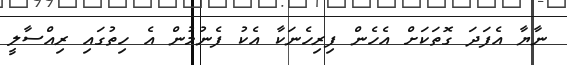
ނާޔާ އެފަދަ ގޮތަކަށް އެހެން ފިރިހެނަކާ އެކު ފެނުމުން އެ ހިތުގައި ރިއްސާލީ